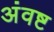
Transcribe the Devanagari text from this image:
अंवष्ट